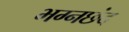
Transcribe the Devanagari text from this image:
भग्नछंद